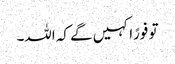
تو فورًاکہیں گے کہ اللہ۔